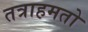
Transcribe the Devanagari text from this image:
तत्राहमतो